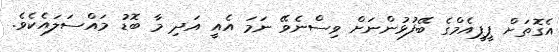
އެގޮތަށް ޕީޕީއެމްގެ ބޭފުޅުންނަށް ވިސްނެވޭ ނަމަ އެއީ އަދި މާ ބޮޑު މައްސަލައެކެވެ.